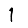
Digit: 1